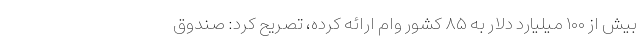
بیش از ۱۰۰ میلیارد دلار به ۸۵ کشور وام ارائه کرده، تصریح کرد: صندوق